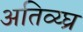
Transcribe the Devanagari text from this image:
अतिव्य्घ्र